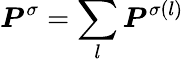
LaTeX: \boldsymbol{P}^{\sigma}=\sum_{l}\boldsymbol{P}^{\sigma(l)}